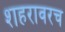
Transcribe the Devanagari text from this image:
शहरावरच